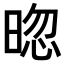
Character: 𣇤